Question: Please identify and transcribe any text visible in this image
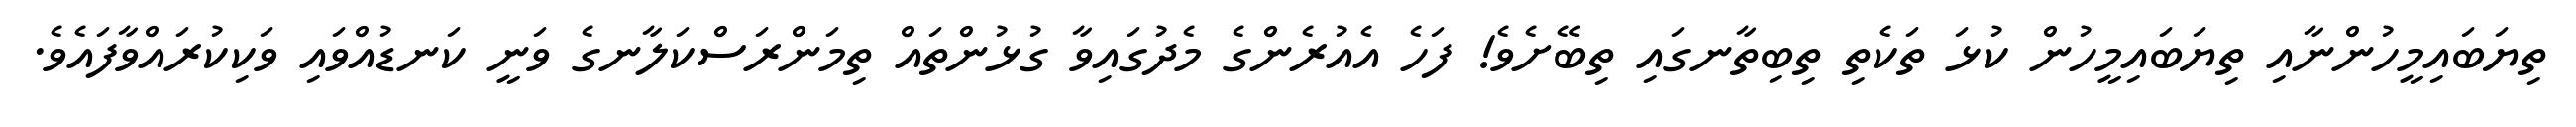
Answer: ތިޔަބައިމީހުންނާއި ތިޔަބައިމީހުން ކުޅަ ތަކެތި ތިބިތާނގައި ތިބޭށެވެ! ފަހެ އެއުރެންގެ މެދުގައިވާ ގުޅުންތައް ތިމަންރަސްކަލާނގެ ވަނީ ކަނޑުއްވައި ވަކިކުރައްވާފައެވެ.